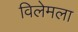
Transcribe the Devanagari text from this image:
विलेमला